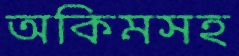
অকিমসহ